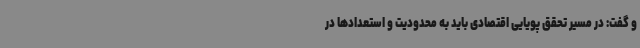
و گفت: در مسیر تحقق پویایی اقتصادی باید به محدودیت و استعدادها در